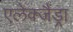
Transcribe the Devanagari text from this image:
एलेक्जैंड्रा